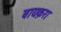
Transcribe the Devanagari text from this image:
बायक़रा